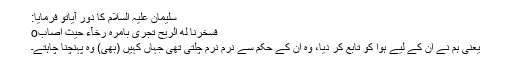
سلیمان علیہ السلام کا دور آیاتو فرمایا:
فَسَخَّرْنَا لَهُ الرِّیْحَ تَجْرِیْ بِاَمْرِهٖ رُخَآءً حَیْثُ اَصَابَo
یعنی ہم نے اُن کے لیے ہوا کو تابع کر دیا، وہ اُن کے حکم سے نرم نرم چلتی تھی جہاں کہیں (بھی) وہ پہنچنا چاہتے۔